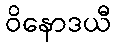
ဝိနောဒယီ